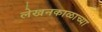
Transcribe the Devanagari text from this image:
लेखनकाळाच्या